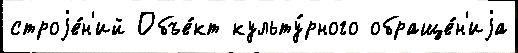
строjе́н'ий Объе́кт культу́рного обраще́н'иjа